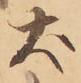
犬